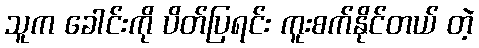
သူက ခေါင်းကို ပိတ်ပြရင်း ကူးစက်နိုင်တယ် တဲ့